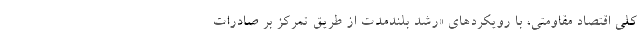
کلی اقتصاد مقاومتی، با رویکردهای «رشد بلندمدت از طریق تمرکز بر صادرات